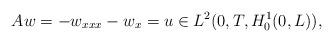
LaTeX: \begin{align*}Aw=-w_{xxx}-w_x=u\in L^2(0,T,H^1_0(0,L)), \end{align*}